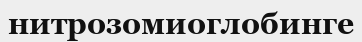
нитрозомиоглобинге